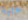
عتبة